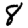
Digit: 8